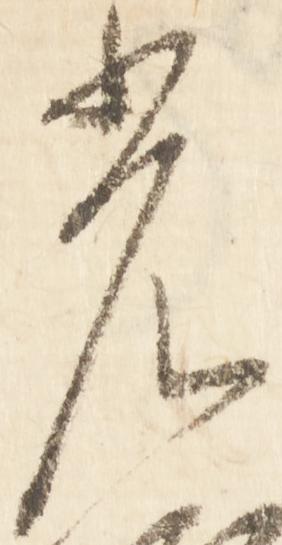
光